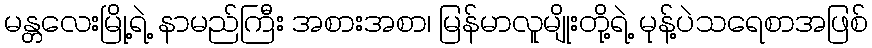
မန္တလေးမြို့ရဲ့ နာမည်ကြီး အစားအစာ၊ မြန်မာလူမျိုးတို့ရဲ့ မုန့်ပဲသရေစာအဖြစ်